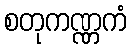
စတုကဏ္ဏကံ